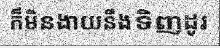
ក៏មិនងាយនឹងទិញដូរ